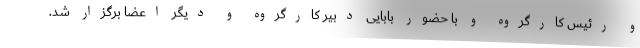
و رئیس کارگروه و با حضور بابایی دبیر کارگروه و دیگر اعضا برگزار شد.